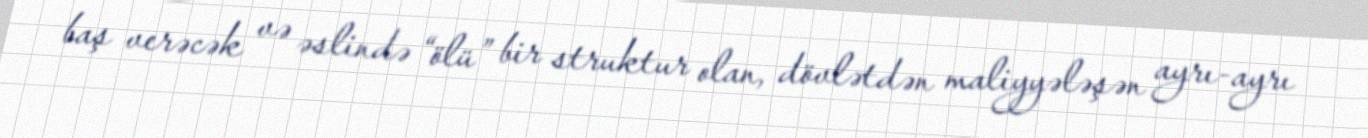
baş verəcək və əslində “ölü” bir struktur olan, dövlətdən maliyyələşən ayrı-ayrı